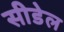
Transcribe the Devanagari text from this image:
सीडेल